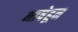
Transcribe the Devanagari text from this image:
भाषेहून